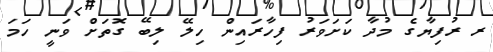
ރ ރުފިޔާގެ މުދާ ކަށަވަރު ފިހާރައިން ހިލޭ ލިބޭ ގޮތަށް ވަނީ ހަމަ